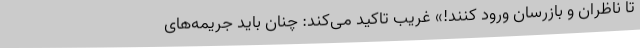
تا ناظران و بازرسان ورود کنند!» غریب تاکید می‌کند: چنان باید جریمه‌های